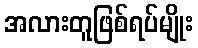
အလားတူဖြစ်ရပ်မျိုး